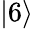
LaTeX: |6\rangle